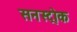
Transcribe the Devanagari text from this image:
सनस्ट्रोक